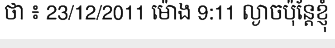
ថា ៖ 23/12/2011 ម៉ោង 9:11 ល្ងាចប៉ុន្តែខ្ញុំ